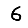
Digit: 6